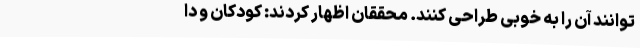
‌توانند آن را به خوبی طراحی کنند. محققان اظهار کردند: کودکان و دا